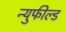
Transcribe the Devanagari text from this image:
न्युफील्ड